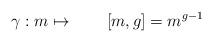
LaTeX: \begin{align*}\quad\quad\gamma:m\mapsto \qquad [m,g]=m^{g-1}\qquad\qquad\, \end{align*}